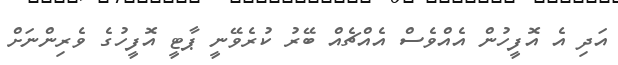
އަދި އެ އޮފީހުން އެއްވެސް އެއްޗެއް ބޭރު ކުރެވޭނީ ޕާޓީ އޮފީހުގެ ވެރިންނަށް